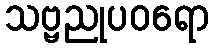
သဗ္ဗညုပဝရော